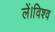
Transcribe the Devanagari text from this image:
लें।विश्व